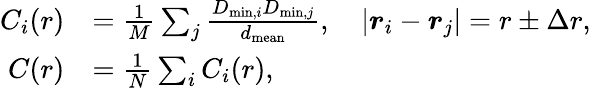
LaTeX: \begin{array}{rl}{C_{i}(r)}&{=\frac{1}{M}\sum_{j}\frac{D_{\mathrm{min},i}D_{\mathrm{min},j}}{d_{\mathrm{mean}}},\quad|\boldsymbol{r}_{i}-\boldsymbol{r}_{j}|=r\pm\Delta r,}\\ {C(r)}&{=\frac{1}{N}\sum_{i}C_{i}(r),}\end{array}